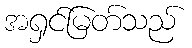
အရှင်မြတ်သည်